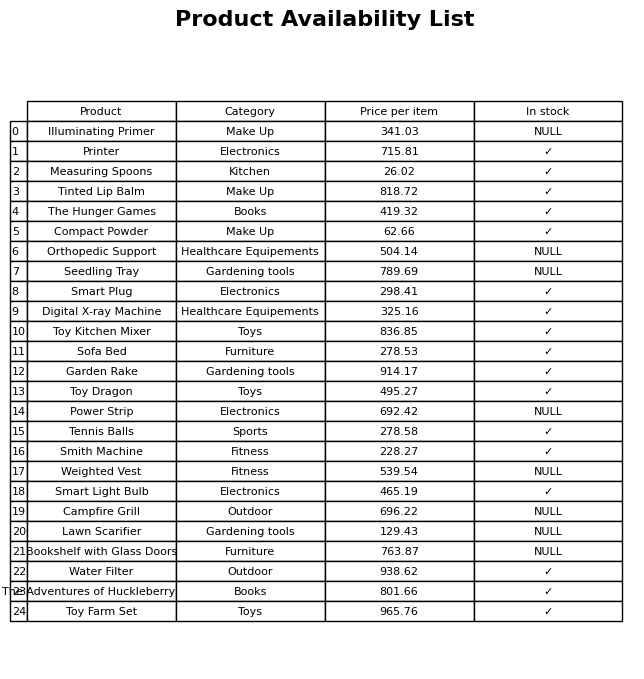
question: Is the Water Filter in stock?
answer: ✓